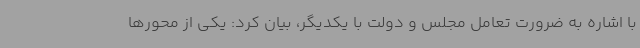
با اشاره به ضرورت تعامل مجلس و دولت با یکدیگر، بیان کرد: یکی از محورها